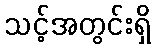
သင့်အတွင်းရှိ